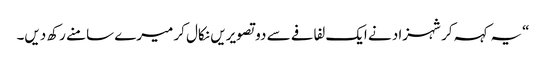
“یہ کہہ کر شہزاد نے ایک لفافے سے دو تصویریں نکال کر میرے سامنے رکھ دیں۔